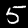
Digit: 5